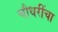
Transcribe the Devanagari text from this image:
चौधरींचा